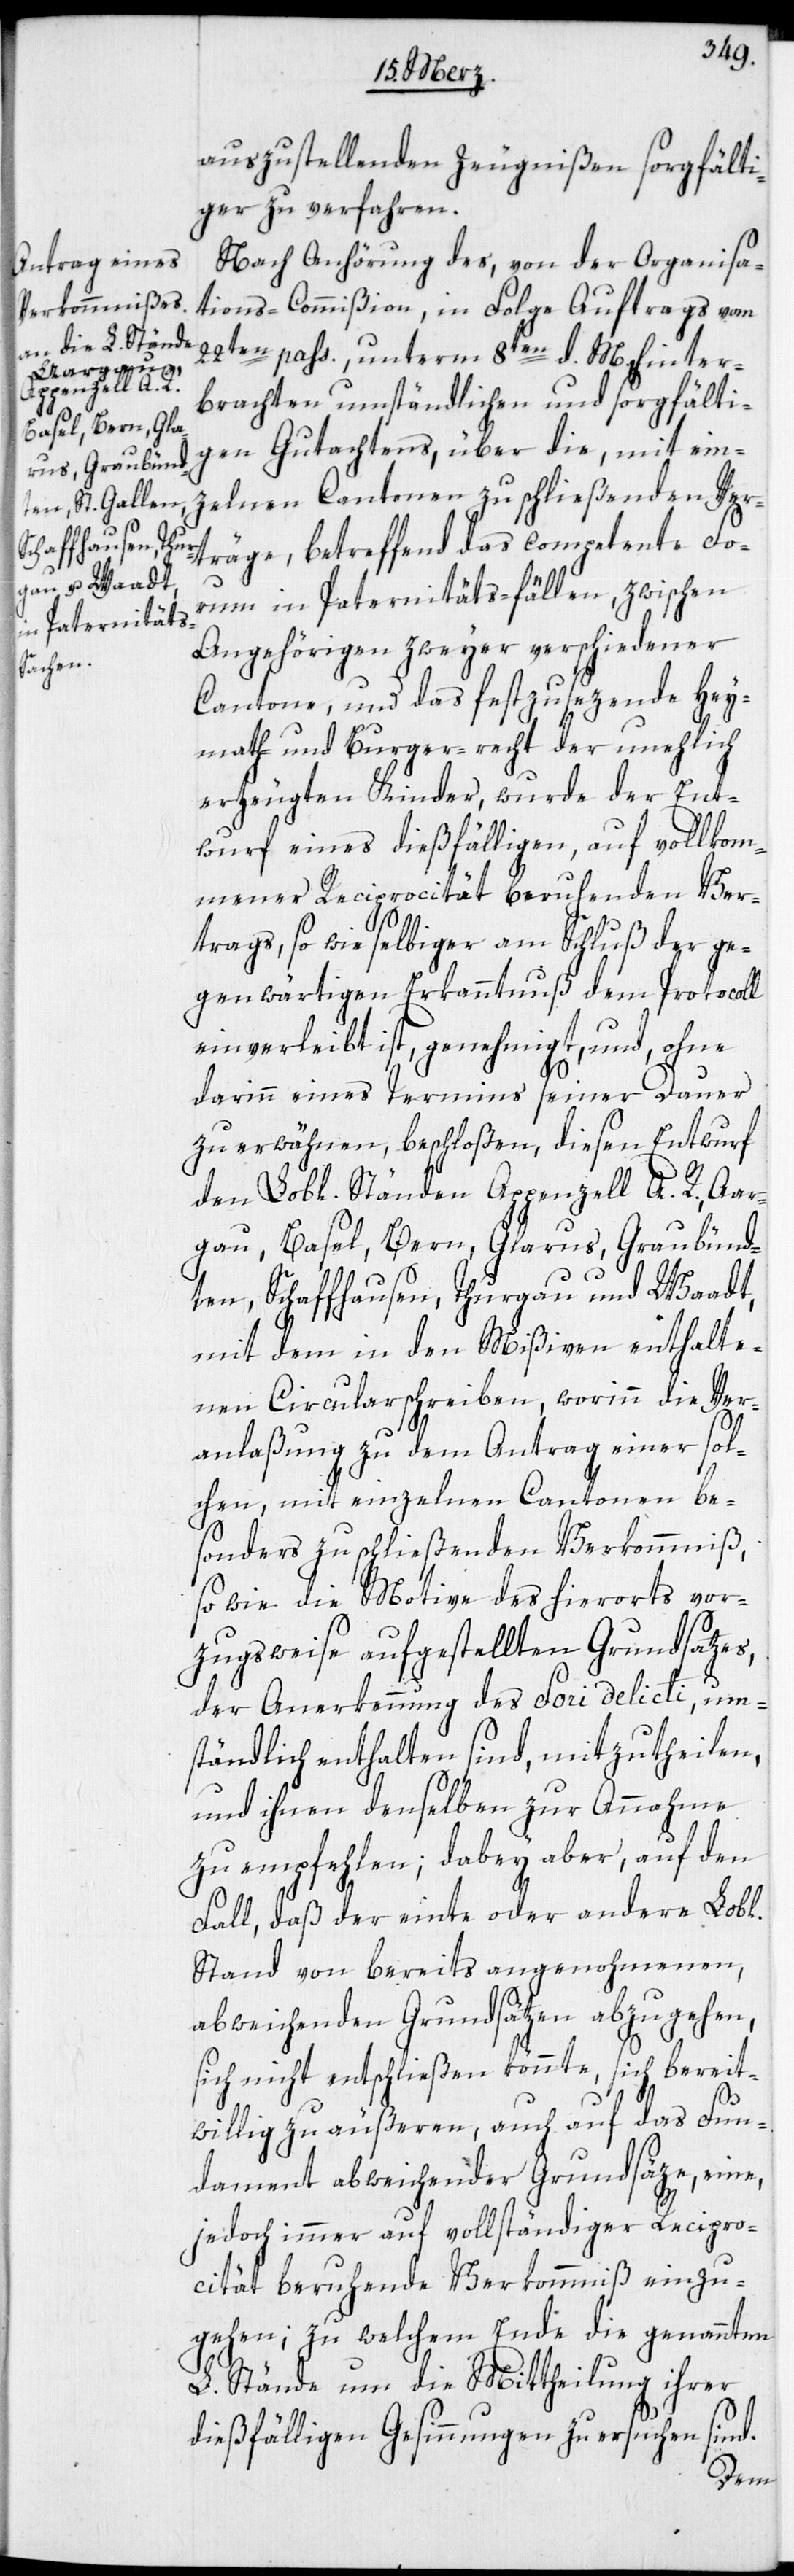
sorgfälti¬

ger zu verfahren.
Nach Anhörung des, von der Organisa¬
tions-Commißion in Folge Auftrags vom
22sten pass., unterm 8ten d. M. hinter¬
brachten umständlichen und sorgfälti¬
gen Gutachtens, über die, mit ein¬
zelnen Cantonen zu schließenden Ver¬
träge, betreffend das competente Fo¬
rum in Paternitäts-fällen, zwischen
Angehörigen zweyer verschiedener
Cantone, und das festzusezende Hey¬
math- und Burger-recht der unehlich
er[?z]eugten Kinder, wurde der Ent¬
wurf eines dießfälligen, auf vollkom¬
mener Reciprocität beruhenden Ver¬
trags, so wie selbiger am Schluß der ge¬
genwärtigen Erkanntnuß dem Protocoll
einverleibt ist, genehmigt, und, ohne
darinn eines Termins seiner Dauer
zu erwähnen, beschloßen, diesen Entwurf
den Lobl. Ständen Appenzell A. R., Aar¬
gau, Basel, Bern, Glarus, Graubünd¬
ten, Schaffhausen, Thurgau und Waadt,
mit dem in den Mißiven enthalte¬
nen Circularschreiben, worinn die Ver¬
anlaßung zu dem Antrag einer sol¬
chen, mit einzelnen Cantonen be¬
sonders zu schließenden Verkommniß,
sowie die Motive des hierorts vor¬
zugsweise aufgestellten Grundsatzes,
der Anerkennung des Fori delicti, um¬
ständlich enthalten sind, mitzutheilen,
und ihnen denselben zur Annahme
zu empfehlen; dabey aber, auf den
Fall, daß der einte oder andere Lobl.
Stand von bereits angenohmenen,
abweichenden Grundsätzen abzugehen,
sich nicht entschließen könnte, sich bereit¬
willig zu äußeren, auch auf das Fun¬
dament abweichender Grundsäze, eine,
jedoch immer auf vollständiger Recipro¬
cität beruhende Verkommniß einzu¬
gehen; zu welchem Ende die genannten
L. Stände um die Mittheilung ihrer
dießfälligen Gesinnungen zu ersuchen sind.